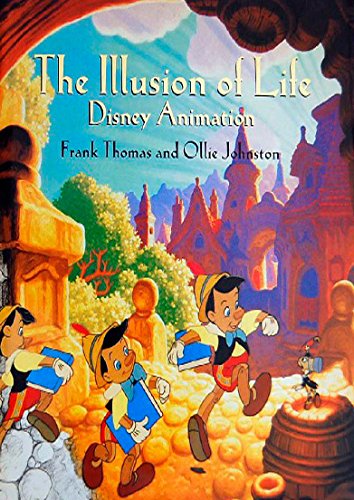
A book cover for The Illusion of Life: Disney Animation; Ollie Johnston; Comics & Graphic Novels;